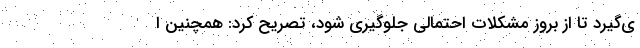
ی‌گیرد تا از بروز مشکلات احتمالی جلوگیری شود، تصریح کرد: همچنین ا